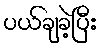
ပယ်ချခဲ့ပြီး